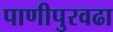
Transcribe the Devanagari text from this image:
पाणीपुरवढा